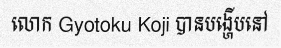
លោក Gyotoku Koji បានបង្ហើបនៅ